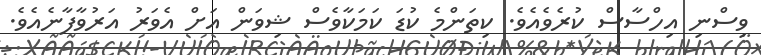
ވިސްނި އިހްސާސް ކުރެވެއެވެ. ކިތަންމެ ކުޑަ ކަމަކާވެސް ޝިވަން އަށް އެވަރު އަރުވާފާނެއެވެ.